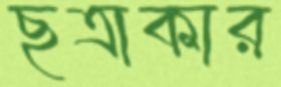
ছত্রাকার